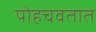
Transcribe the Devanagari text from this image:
पोहचवतात